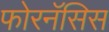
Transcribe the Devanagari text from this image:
फोरनॅसिस